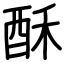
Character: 酥